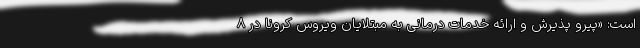
است: «پیرو پذیرش و ارائه خدمات درمانی به مبتلایان ویروس کرونا در ۸